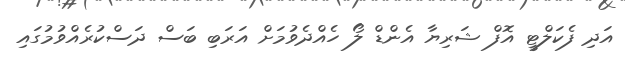
އަދި ފެކަލްޓީ އޮފް ޝަރިޔާ އެންޑް ލޯ ހެއްދެވުމަށް އަރަބި ބަސް ދަސްކުރެއްވުމުގައި